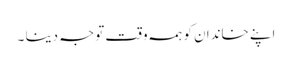
اپنے خاندان کو ہمہ وقت توجہ دینا ۔